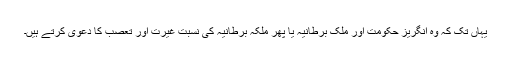
یہاں تک کہ وہ انگریز حکومت اور ملک برطانیہ یا پھر ملکہ برطانیہ کی نسبت غیرت اور تعصب کا دعوی کرتے ہیں۔